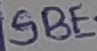
Text: SBE